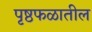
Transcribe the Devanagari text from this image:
पृष्ठफळातील